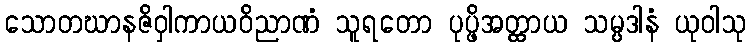
သောတဃာနဇိဝှါကာယဝိညာဏံ သူရတော ပုပ္ဖိအတ္ထာယ သမ္ပဒါနံ ယုဝါသု